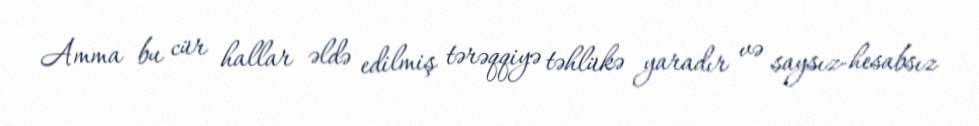
Amma bu cür hallar əldə edilmiş tərəqqiyə təhlükə yaradır və saysız-hesabsız